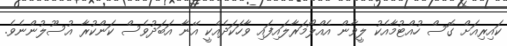
ކައިރިއަށް ގޮސް ހުއްޓުމާއެކު ލީވާން އެއްލޯމަރާލައިފައި ވާހަކަދެއްކީ އޭނާ އަބަދުވެސް ކަންކުރާ އުސޫލުންނެވެ.